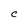
Character: C